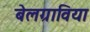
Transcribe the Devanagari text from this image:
बेलग्राविया